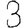
Digit: 3